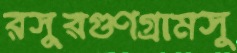
রসুরগুণগ্রামসু